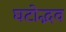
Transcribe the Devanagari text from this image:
घटोद्भव